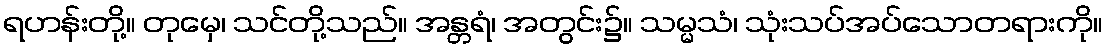
ရဟန်းတို့။ တုမှေ၊ သင်တို့သည်။ အန္တရံ၊ အတွင်း၌။ သမ္မသံ၊ သုံးသပ်အပ်သောတရားကို။